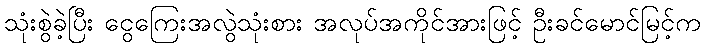
သုံးစွဲခဲ့ပြီး ငွေကြေးအလွဲသုံးစား အလုပ်အကိုင်အားဖြင့် ဦးခင်မောင်မြင့်က